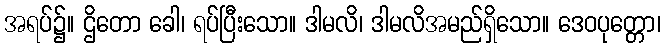
အရပ်၌။ ဌိတော ခေါ၊ ရပ်ပြီးသော။ ဒါမလိ၊ ဒါမလိအမည်ရှိသော။ ဒေဝပုတ္တော၊